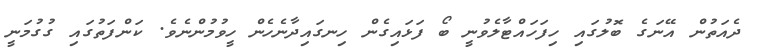
ދެއަތުން އޭނަގެ ބޮލުގައި ހިފަހައްޓާލެވުނީ ބޯ ފަޅައިގެން ހިނގައިދާނެހެން ހީވުމުންނެވެ. ކަންފަތުގައި ގުގުމަނީ